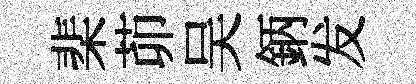
棐茆吴鈵发